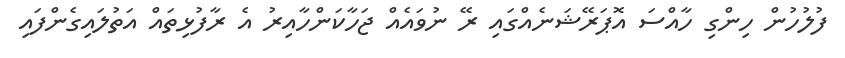
ފުލުހުން ހިންގި ހާއްސަ އޮޕަރޭޝަނެއްގައި ރޭ ނުވައެއް ޖަހާކަންހާއިރު އެ ރާފުޅިތައް އަތުލައިގެންފައި